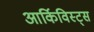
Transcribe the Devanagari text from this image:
आर्किविस्ट्स